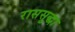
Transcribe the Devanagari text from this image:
राससुद्धा